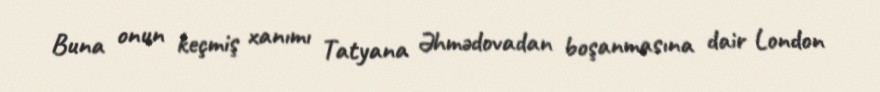
Buna onun keçmiş xanımı Tatyana Əhmədovadan boşanmasına dair London